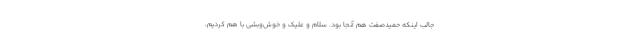
جالب اینکه حمیدصفت هم آنجا بود. سلام و علیک و خوش‌وبشی با هم کردیم،